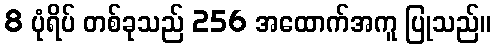
8 ပုံရိပ် တစ်ခုသည် 256 အထောက်အကူ ပြုသည်။